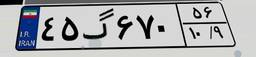
۴۵گ۶۷۰۵۶